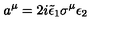
a ^ { \mu } = 2 i \tilde { \epsilon } _ { 1 } \sigma ^ { \mu } \epsilon _ { 2 }